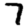
Digit: 7